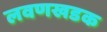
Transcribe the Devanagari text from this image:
लवणखडक